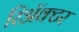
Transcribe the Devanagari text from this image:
रिॲक्टर